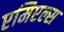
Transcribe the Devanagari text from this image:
एमिएल्स